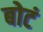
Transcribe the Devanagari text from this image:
बोटं